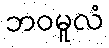
ဘဝမူလံ